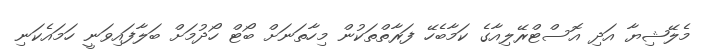
މެލޭޝިޔާ އަދި އޮސްޓްރޭލިއާގެ ކަމާބެހޭ ފަރާތްތަކުން މިހާތަނަށް ބޯޓް ހޯދުމަށް ބަލާފައިވަނީ ހަމައެކަނި